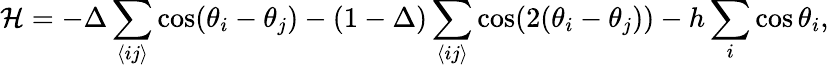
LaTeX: \mathcal{H}=-\Delta\sum_{\langle ij\rangle}\cos(\theta_{i}-\theta_{j})-(1-\Delta)\sum_{\langle ij\rangle}\cos(2(\theta_{i}-\theta_{j}))-h\sum_{i}\cos\theta_{i},